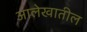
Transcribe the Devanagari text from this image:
आलेखातील